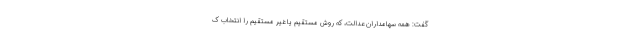
گفت: همه سهامداران عدالت، که روش مستقیم یا غیر مستقیم را انتخاب ک